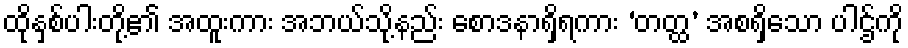
ထိုနှစ်ပါးတို့၏ အထူးကား အဘယ်သို့နည်း စောဒနာရှိရကား ‘တတ္ထ’ အစရှိသော ပါဌ်ကို